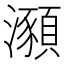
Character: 𤃣